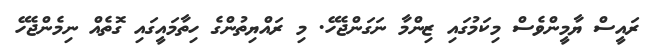
ރައީސް ޔާމީންވެސް މިކަމުގައި ޒިންމާ ނަގަންޖެހޭ. މި ރައްޔިތުންގެ ހިތާމައީގައި ގޮތެއް ނިމެންޖެހޭ